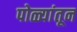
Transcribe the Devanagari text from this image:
पोळ्यांतून